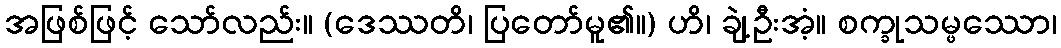
အဖြစ်ဖြင့် သော်လည်း။ (ဒေဿတိ၊ ပြတော်မူ၏။) ဟိ၊ ချဲ့ဦးအံ့။ စက္ခုသမ္ဖဿော၊